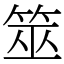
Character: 筮